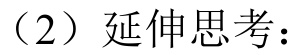
（2）延伸思考：